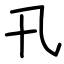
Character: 卂